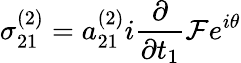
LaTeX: \sigma_{21}^{(2)}=a_{21}^{(2)}i\frac{\partial}{\partial t_{1}}\mathcal{F}e^{i\theta}